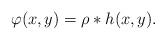
LaTeX: \begin{align*}\varphi(x,y)=\rho\ast{h}(x,y).\end{align*}